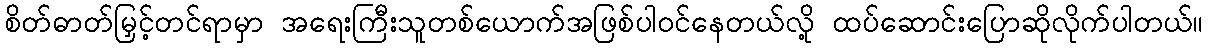
စိတ်ဓာတ်မြှင့်တင်ရာမှာ အရေးကြီးသူတစ်ယောက်အဖြစ်ပါဝင်နေတယ်လို့ ထပ်ဆောင်းပြောဆိုလိုက်ပါတယ်။